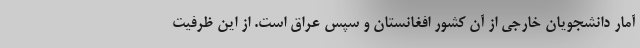
آمار دانشجویان خارجی از آن کشور افغانستان و سپس عراق است. از این ظرفیت